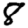
Digit: 8